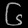
Digit: ၆